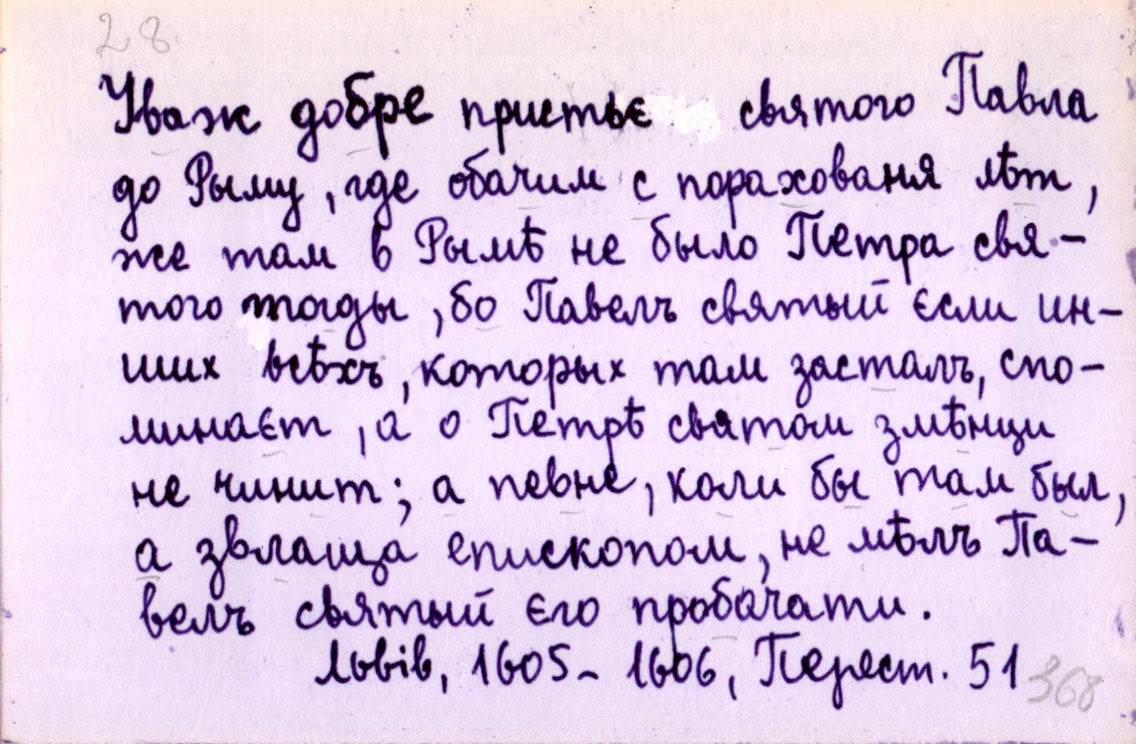
Уваж добре пристьє святого Павла
до Рыму, где обачим с порахованя лѣт,
же там в Рымѣ не было Петра свя-
того тогды, бо Павелъ святый єсли ин-
ших всѣхъ, которых там засталъ, спо-
минаєт, а о Петрѣ святом змѣнци
не чинит; а певне, коли бы там был,
а звлаща епископом, не мѣлъ Па-
велъ святый єго пробачати.
Львів, 1605-1606, Перест. 51